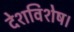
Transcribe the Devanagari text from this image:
देशविशेष।